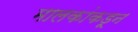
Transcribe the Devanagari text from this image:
मालकांकडून